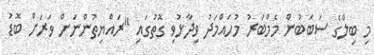
މި ބިލްގެ ސަބަބުން މެމްބަރު މުހައްމަދު ވިދާޅުވި ގޮތުގައި "ރައްޔިތުންނަށް ވަރަށް ބޮޑު